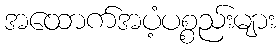
အထောက်အပံ့ပစ္စည်းများ